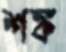
শঙ্ক